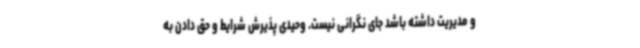
و مدیریت داشته باشد جای نگرانی نیست. وحیدی پذیرش شرایط و حق دادن به